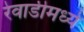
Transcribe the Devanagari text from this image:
रेवाडीमध्ये